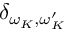
\delta _ { \omega _ { K } , \omega _ { K } ^ { \prime } }